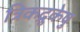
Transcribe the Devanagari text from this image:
त्रिकद्रुकेषु